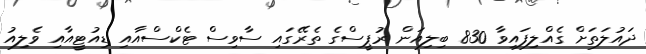
ދައުލަތަށް ގެއްލިފައިވާ 830 ބިލިއަން ރުޕީސްގެ ތެރޭގައި ސާވިސް ޓެކްސްއާއި ޑިއުޓީއާއި ވެލިއު